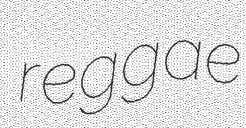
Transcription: reggae